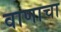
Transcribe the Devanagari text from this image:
वाणाचा